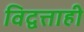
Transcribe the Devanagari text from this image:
विद्वत्ताही